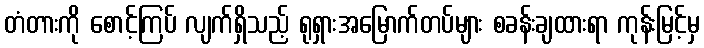
တံတားကို စောင့်ကြပ် လျက်ရှိသည့် ရုရှားအမြောက်တပ်များ စခန်းချထားရာ ကုန်းမြင့်မှ